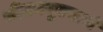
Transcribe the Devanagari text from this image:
जीवनमुल्याचे